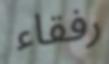
رفقاء